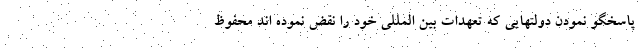
پاسخگو نمودن دولتهایی که تعهدات بین المللي خود را نقض نموده اند محفوظ